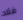
فلاد